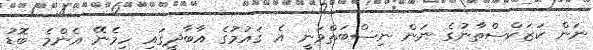
ނަން ކަޒަކްސްތާނުގެ ނަން ނިސްބަތްވަނީ އެ ޤައުމުގެ އާބާދީގައި ހިމެނޭ އެންމެ ބޮޑު